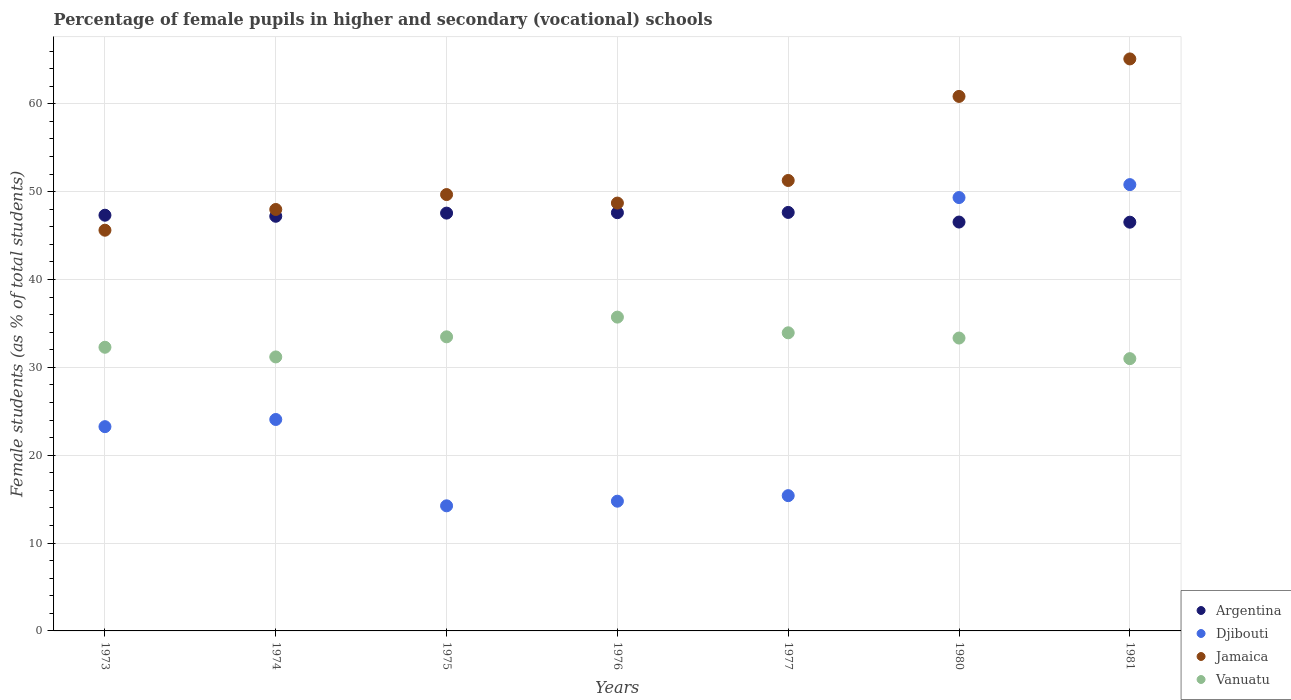
| Years | Argentina | Djibouti | Jamaica | Vanuatu |
 | --- | --- | --- | --- | --- |
 | 1973 | 47.3 | 23.2 | 45.6 | 32.3 |
 | 1974 | 47.2 | 24.1 | 48 | 31.2 |
 | 1975 | 47.6 | 14.2 | 49.7 | 33.5 |
 | 1976 | 47.6 | 14.8 | 48.7 | 35.7 |
 | 1977 | 47.6 | 15.4 | 51.3 | 33.9 |
 | 1980 | 46.5 | 49.3 | 60.8 | 33.3 |
 | 1981 | 46.5 | 50.8 | 65.1 | 31 |